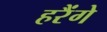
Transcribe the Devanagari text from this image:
हरैंगे